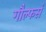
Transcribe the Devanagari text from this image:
गौल्फर्स